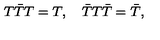
T \bar { T } T = T , \quad \bar { T } T \bar { T } = \bar { T } ,